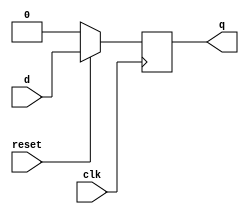
module sync_reset_d_ff(d, clk, reset, q);
input d,clk,reset;
output reg q;

always@(posedge clk)
begin
        if(!reset)
                q<=0;
        else
                q<=d;
end

endmodule